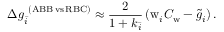
\Delta g _ { \bar { i } } ^ { \ ( \mathrm { A B B \, v s \, R B C } ) } \approx \frac { 2 } { 1 + k _ { \bar { i } } } \left( \mathrm { w } _ { i } C _ { \mathrm { w } } - \tilde { g } _ { i } \right) .